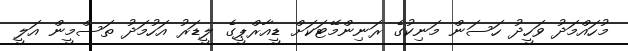
މުހައްމަދު ވަހީދު ހަސަން މަނިކުގެ ރަނިންމޭޓަކަށް ޑީއާރްޕީގެ ލީޑަރު އަހުމަދު ތަސްމީން އަލީ